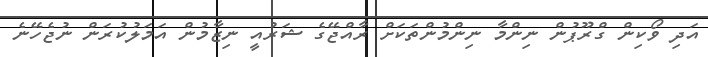
އަދި ވޯކިން ގްރޫޕުން ނިންމާ ނިންމުންތަކަށް ރާއްޖޭގެ ޝަރުއީ ނިޒާމުން އަމަލުކުރަން ނުޖެހޭނެ